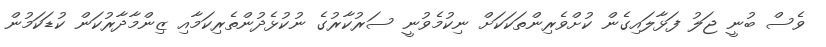
ވެސް ބުނީ ޖަލު ފަޅާލައިގެން ކުށްވެރިންތަކަކަށް ނިކުމެވުނީ ސަރުކާރުގެ ނުކުޅެދުންތެރިކަމާއި ޒިންމާދާރުކަން ކުޑަކަމުން